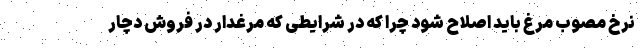
نرخ مصوب مرغ باید اصلاح شود چرا که در شرایطی که مرغدار در فروش دچار